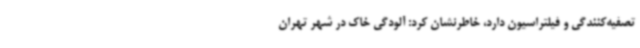
تصفیه‌کنندگی و فیلتراسیون دارد، خاطرنشان کرد: آلودگی خاک در شهر تهران